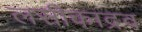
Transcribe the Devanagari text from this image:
लसीकाद्रव